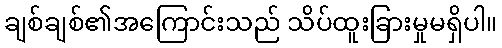
ချစ်ချစ်၏အကြောင်းသည် သိပ်ထူးခြားမှုမရှိပါ။